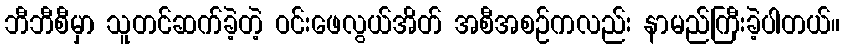
ဘီဘီစီမှာ သူတင်ဆက်ခဲ့တဲ့ ဝင်းဖေလွယ်အိတ် အစီအစဉ်ကလည်း နာမည်ကြီးခဲ့ပါတယ်။